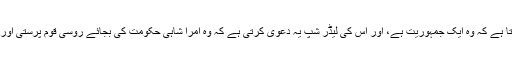
اسی لئے روس یہ ظاہر کرتا ہے کہ وہ ایک جمہوریت ہے، اور اس کی لیڈر شپ یہ دعوی کرتی ہے کہ وہ امرا شاہی حکومت کی بجائے روسی قوم پرستی اور مذہب کی وفادار داعی ہے۔